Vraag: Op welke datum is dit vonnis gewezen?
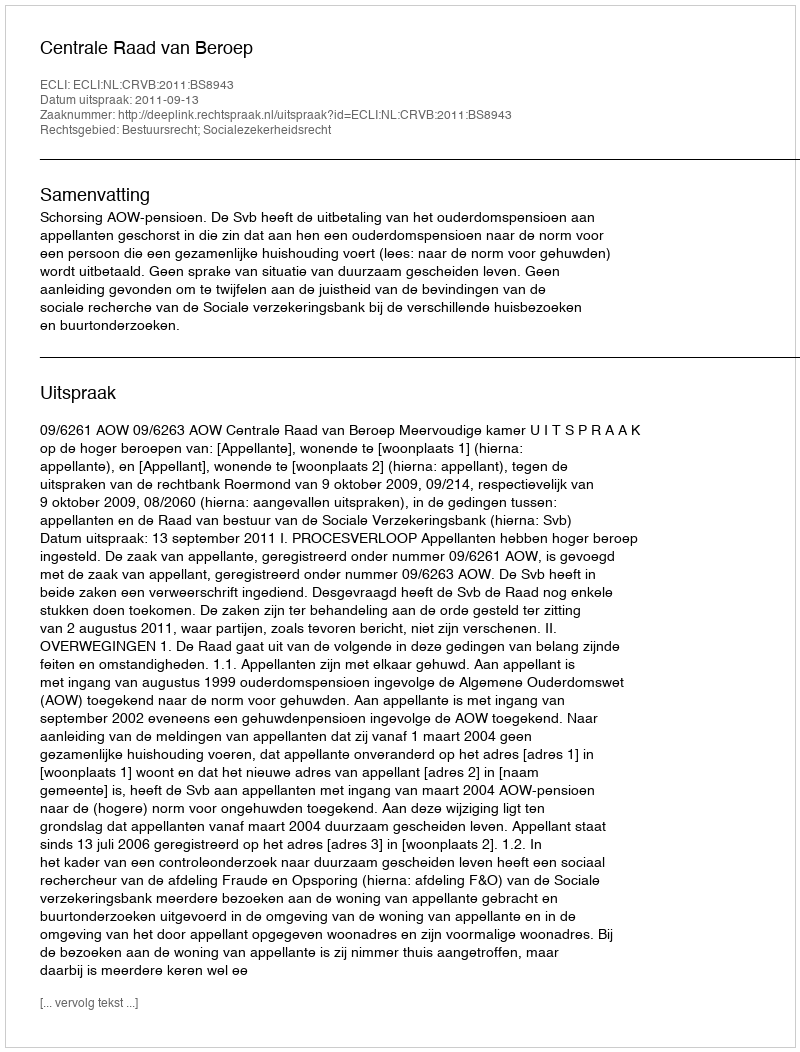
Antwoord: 2011-09-13